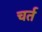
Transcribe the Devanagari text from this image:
चर्त